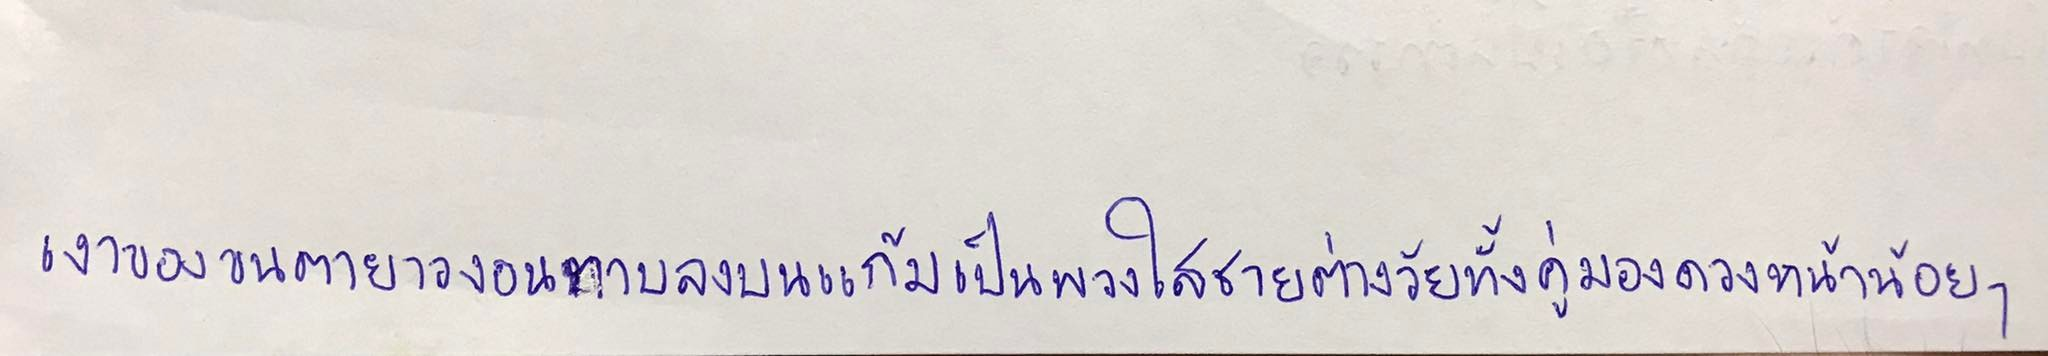
เงาของขนตายาวงอนทาบลงบนแก้มเป็นพวงใสชายต่างวัยทั้งคู่มองดวงหน้าน้อยๆ